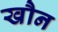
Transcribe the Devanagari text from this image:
खौन